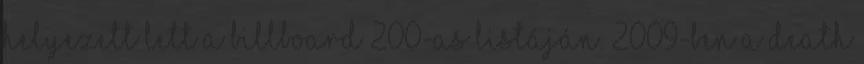
helyezett lett a Billboard 200-as listáján. 2009-ben a Death